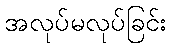
အလုပ်မလုပ်ခြင်း